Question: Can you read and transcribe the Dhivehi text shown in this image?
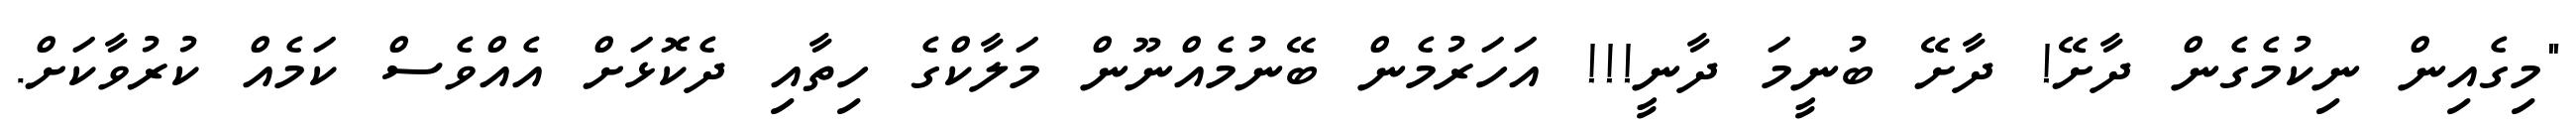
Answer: "މިގެއިން ނިކުމެގެން ދާށޭ! ދާށޭ ބުނީމަ ދާނީ!!! އަހަރުމެން ބޭނުމެއްނޫން މަލާކްގެ ހިތާއި ދެކޮޅަށް އެއްވެސް ކަމެއް ކުރުވާކަށް.